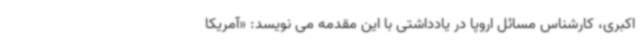
اکبری، کارشناس مسائل اروپا در یادداشتی با این مقدمه می نویسد: «آمریکا